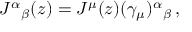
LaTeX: J ^ { \alpha } { } _ { \beta } ( z ) = J ^ { \mu } ( z ) ( \gamma _ { \mu } ) ^ { \alpha } { } _ { \beta } \, ,